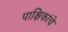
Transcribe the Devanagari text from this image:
पाक्षिकांचे